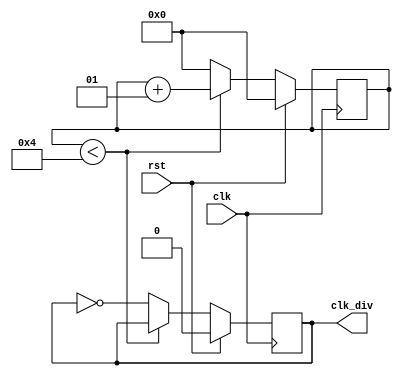
module gen_clk(
    input clk,
    input rst,
    output reg clk_div
);
    integer i;
    parameter div_num = 5;  
    always @(posedge clk) begin
        if(rst) begin
            i<=0;
            clk_div<=0;
        end
        else begin
            if(i < div_num-1) begin
                i = i+1;
            end else begin
                i=0;
                clk_div = ~clk_div;
            end
        end
    end
endmodule